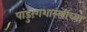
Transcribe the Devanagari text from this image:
पांडुरंगशास्स्त्रींच्या